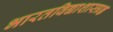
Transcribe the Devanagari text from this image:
भारतविद्याशास्त्रज्ञ